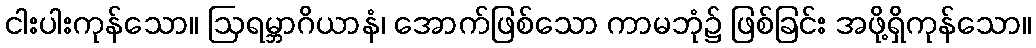
ငါးပါးကုန်သော။ ဩရမ္ဘာဂိယာနံ၊ အောက်ဖြစ်သော ကာမဘုံ၌ ဖြစ်ခြင်း အဖို့ရှိကုန်သော။